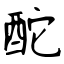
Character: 酡